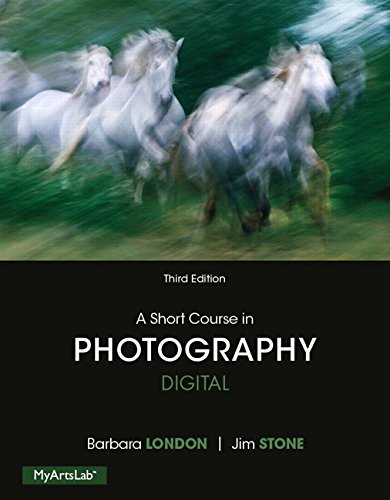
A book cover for A Short Course in Photography: Digital (3rd Edition); Jim Stone; Arts & Photography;